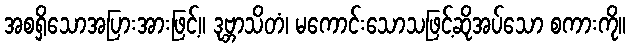
အစရှိသောအပြားအားဖြင့်။ ဒုဗ္ဘာသိတံ၊ မကောင်းသောသဖြင့်ဆိုအပ်သော စကားကို။